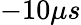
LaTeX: -10\mu s